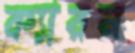
ক্যারন